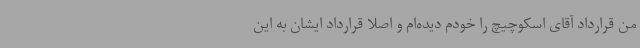
من قرارداد آقای اسکوچیچ را خودم دیده‌ام و اصلا قرارداد ایشان به این